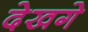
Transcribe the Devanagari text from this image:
देखगे